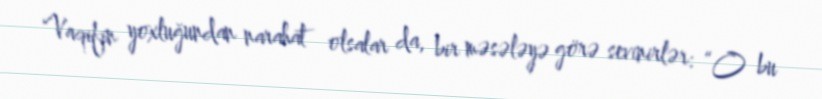
Vaqifin yoxluğundan narahat olsalar da, bir məsələyə görə sevinirlər: “O bu